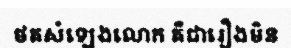
ថតសំឡេងលោក គឺជារឿងមិន